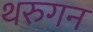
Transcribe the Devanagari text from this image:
थरुगन